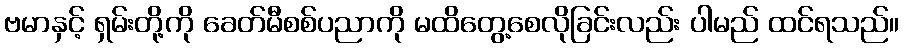
ဗမာနှင့် ရှမ်းတို့ကို ခေတ်မီစစ်ပညာကို မထိတွေ့စေလိုခြင်းလည်း ပါမည် ထင်ရသည်။